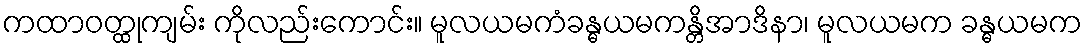
ကထာဝတ္ထုကျမ်း ကိုလည်းကောင်း။ မူလယမကံခန္ဓယမကန္တိအာဒိနာ၊ မူလယမက ခန္ဓယမက